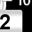
Digit: 2